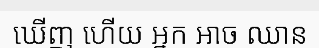
ឃើញ ហើយ អ្នក អាច ឈាន